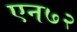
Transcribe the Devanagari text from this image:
एन७२